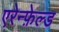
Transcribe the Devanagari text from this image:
एरेन्फ़ेल्ड